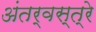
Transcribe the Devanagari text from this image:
अंतर्वस्त्रे